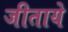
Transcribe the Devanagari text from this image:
जीताये